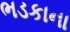
ભડકાના